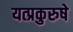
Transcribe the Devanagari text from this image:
यत्प्रकुरुषे